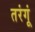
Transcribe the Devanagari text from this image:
तरंगूं